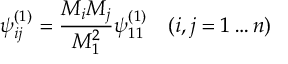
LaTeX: \psi _ { i j } ^ { ( 1 ) } = \frac { M _ { i } M _ { j } } { M _ { 1 } ^ { 2 } } \psi _ { 1 1 } ^ { ( 1 ) } \quad ( i , j = 1 \dots n )